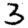
Digit: 3